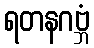
ရတနဂဗ္ဘံ